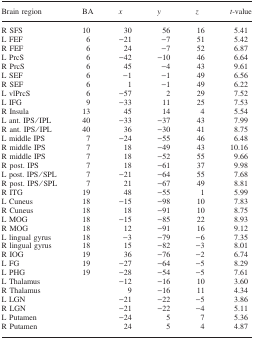
<table><thead><tr><td><b>Brain region</b></td><td><b>BA</b></td><td><b><i>x</i></b></td><td><b><i>y</i></b></td><td><b><i>z</i></b></td><td><b><i>t</i>-value</b></td></tr></thead><tbody><tr><td>R SFS</td><td>10</td><td>30</td><td>56</td><td>16</td><td>5.41</td></tr><tr><td>L FEF</td><td>6</td><td>−21</td><td>−7</td><td>51</td><td>5.42</td></tr><tr><td>R FEF</td><td>6</td><td>24</td><td>−7</td><td>52</td><td>6.87</td></tr><tr><td>L PrcS</td><td>6</td><td>−42</td><td>−10</td><td>46</td><td>6.64</td></tr><tr><td>R PrcS</td><td>6</td><td>45</td><td>−4</td><td>43</td><td>9.61</td></tr><tr><td>L SEF</td><td>6</td><td>−1</td><td>−1</td><td>49</td><td>6.56</td></tr><tr><td>R SEF</td><td>6</td><td>1</td><td>−1</td><td>49</td><td>6.22</td></tr><tr><td>L vlPrcS</td><td>6</td><td>−57</td><td>2</td><td>29</td><td>7.52</td></tr><tr><td>L IFG</td><td>9</td><td>−33</td><td>11</td><td>25</td><td>7.53</td></tr><tr><td>R Insula</td><td>13</td><td>45</td><td>14</td><td>4</td><td>5.54</td></tr><tr><td>L ant. IPS/IPL</td><td>40</td><td>−33</td><td>−37</td><td>43</td><td>7.99</td></tr><tr><td>R ant. IPS/IPL</td><td>40</td><td>36</td><td>−30</td><td>41</td><td>8.75</td></tr><tr><td>L middle IPS</td><td>7</td><td>−24</td><td>−55</td><td>46</td><td>6.48</td></tr><tr><td>R middle IPS</td><td>7</td><td>18</td><td>−49</td><td>43</td><td>10.16</td></tr><tr><td>R middle IPS</td><td>7</td><td>18</td><td>−52</td><td>55</td><td>9.66</td></tr><tr><td>R post. IPS</td><td>7</td><td>18</td><td>−61</td><td>37</td><td>9.98</td></tr><tr><td>L post. IPS/SPL</td><td>7</td><td>−21</td><td>−64</td><td>55</td><td>7.68</td></tr><tr><td>R post. IPS/SPL</td><td>7</td><td>21</td><td>−67</td><td>49</td><td>8.81</td></tr><tr><td>R ITG</td><td>19</td><td>48</td><td>−55</td><td>1</td><td>5.99</td></tr><tr><td>L Cuneus</td><td>18</td><td>−15</td><td>−98</td><td>10</td><td>7.83</td></tr><tr><td>R Cuneus</td><td>18</td><td>18</td><td>−91</td><td>10</td><td>8.75</td></tr><tr><td>L MOG</td><td>18</td><td>−15</td><td>−85</td><td>22</td><td>8.93</td></tr><tr><td>R MOG</td><td>18</td><td>12</td><td>−91</td><td>16</td><td>9.12</td></tr><tr><td>L lingual gyrus</td><td>18</td><td>−3</td><td>−79</td><td>−6</td><td>7.35</td></tr><tr><td>R lingual gyrus</td><td>18</td><td>15</td><td>−82</td><td>−3</td><td>8.01</td></tr><tr><td>R IOG</td><td>19</td><td>36</td><td>−76</td><td>−2</td><td>6.74</td></tr><tr><td>L FG</td><td>19</td><td>−27</td><td>−64</td><td>−5</td><td>8.29</td></tr><tr><td>L PHG</td><td>19</td><td>−28</td><td>−54</td><td>−5</td><td>7.61</td></tr><tr><td>L Thalamus</td><td> </td><td>−12</td><td>−16</td><td>10</td><td>3.60</td></tr><tr><td>R Thalamus</td><td> </td><td>9</td><td>−16</td><td>11</td><td>4.34</td></tr><tr><td>L LGN</td><td> </td><td>−21</td><td>−22</td><td>−5</td><td>3.86</td></tr><tr><td>R LGN</td><td> </td><td>−21</td><td>−22</td><td>−4</td><td>5.11</td></tr><tr><td>L Putamen</td><td> </td><td>−24</td><td>5</td><td>7</td><td>5.36</td></tr><tr><td>R Putamen</td><td> </td><td>24</td><td>5</td><td>4</td><td>4.87</td></tr></tbody></table>